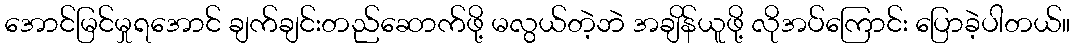
အောင်မြင်မှုရအောင် ချက်ချင်းတည်ဆောက်ဖို့ မလွယ်တဲ့ဘဲ အချိန်ယူဖို့ လိုအပ်ကြောင်း ပြောခဲ့ပါတယ်။